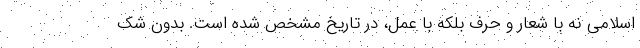
اسلامی نه با شعار و حرف بلکه با عمل، در تاریخ مشخص شده است. بدون شک